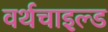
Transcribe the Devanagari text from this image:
वर्थचाइल्ड